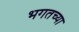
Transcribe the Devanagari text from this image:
भगतच्या